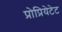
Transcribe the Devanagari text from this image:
प्रोप्रियेटेट